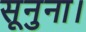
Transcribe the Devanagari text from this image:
सूनुना।